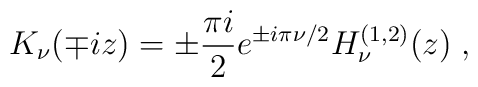
K_{\nu}(\mp iz) =\pm \frac{\pi i}{2} e^{\pm i \pi \nu/2}H^{(1,2)}_{\nu}(z)\; ,